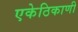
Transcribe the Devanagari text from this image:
एकेठिकाणी